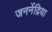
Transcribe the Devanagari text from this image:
जननेंद्रिया